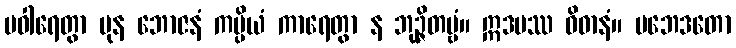
ပဝါရေတွာ ပုန ဘောဇနံ ကပ္ပိယံ ကာရေတွာ န ဘုဉ္ဇိတဗ္ဗံ။ ဣဒမဿ ဝိဓာနံ။ ပဘေဒတော